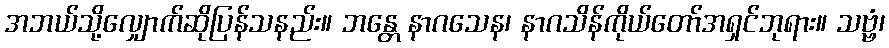
အဘယ်သို့လျှောက်ဆိုပြန်သနည်း။ ဘန္တေ နာဂသေန၊ နာဂသိန်ကိုယ်တော်အရှင်ဘုရား။ သဗ္ဗံ၊